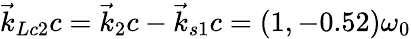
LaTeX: \vec{k}_{Lc2}c=\vec{k}_{2}c-\vec{k}_{s1}c=(1,-0.52)\omega_{0}